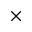
\times